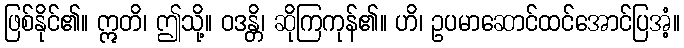
ဖြစ်နိုင်၏။ ဣတိ၊ ဤသို့။ ဝဒန္တိ၊ ဆိုကြကုန်၏။ ဟိ၊ ဥပမာဆောင်ထင်အောင်ပြအံ့။